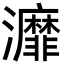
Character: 灖